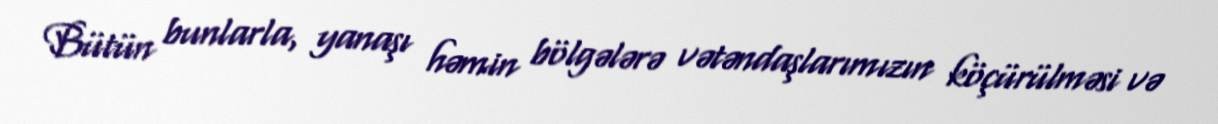
Bütün bunlarla, yanaşı həmin bölgələrə vətəndaşlarımızın köçürülməsi və